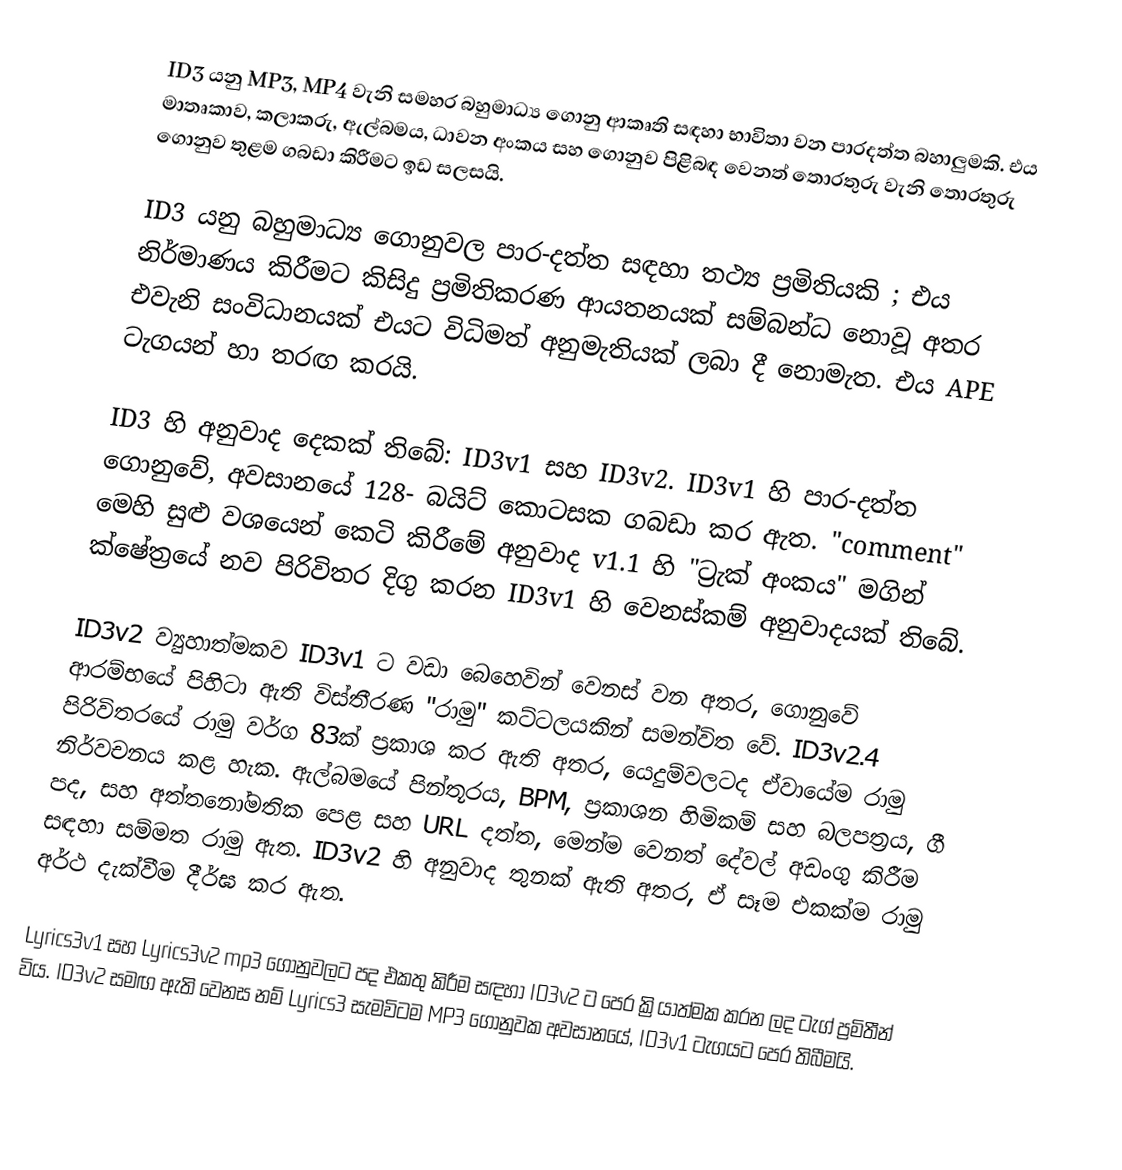
ID3 යනු MP3,  MP4 වැනි සමහර බහුමාධ්‍ය ගොනු ආකෘති සඳහා භාවිතා වන පාරදත්ත බහාලුමකි. එය මාතෘකාව, කලාකරු, ඇල්බමය, ධාවන අංකය සහ ගොනුව පිළිබඳ වෙනත් තොරතුරු වැනි තොරතුරු ගොනුව තුළම ගබඩා කිරීමට ඉඩ සලසයි.

ID3 යනු බහුමාධ්‍ය ගොනුවල පාර-දත්ත සඳහා තථ්‍ය ප්‍රමිතියකි ; එය නිර්මාණය කිරීමට කිසිදු ප්‍රමිතිකරණ ආයතනයක් සම්බන්ධ නොවූ අතර එවැනි සංවිධානයක් එයට විධිමත් අනුමැතියක් ලබා දී නොමැත.  එය APE ටැගයන් හා තරඟ කරයි.

ID3 හි අනුවාද දෙකක් තිබේ: ID3v1 සහ ID3v2. ID3v1 හි පාර-දත්ත ගොනුවේ, අවසානයේ 128- බයිට් කොටසක ගබඩා කර ඇත. "comment" මෙහි සුළු වශයෙන් කෙටි කිරීමේ අනුවාද v1.1 හි "ට්‍රැක් අංකය" මගින් ක්ෂේත්‍රයේ නව පිරිවිතර දිගු කරන ID3v1 හි වෙනස්කම් අනුවාදයක් තිබේ.

ID3v2 ව්‍යුහාත්මකව ID3v1 ට වඩා බෙහෙවින් වෙනස් වන අතර, ගොනුවේ ආරම්භයේ පිහිටා ඇති විස්තීරණ "රාමු" කට්ටලයකින් සමන්විත වේ. ID3v2.4 පිරිවිතරයේ රාමු වර්ග 83ක් ප්‍රකාශ කර ඇති අතර, යෙදුම්වලටද ඒවායේම රාමු නිර්වචනය කළ හැක. ඇල්බමයේ පින්තූරය, BPM, ප්‍රකාශන හිමිකම් සහ බලපත්‍රය, ගී පද, සහ අත්තනෝමතික පෙළ සහ URL දත්ත, මෙන්ම වෙනත් දේවල් අඩංගු කිරීම සඳහා සම්මත රාමු ඇත. ID3v2 හි අනුවාද තුනක් ඇති අතර, ඒ සෑම එකක්ම රාමු අර්ථ දැක්වීම දීර්ඝ කර ඇත.

Lyrics3v1  සහ Lyrics3v2  mp3 ගොනුවලට පද එකතු කිරීම සඳහා ID3v2 ට පෙර ක්‍රියාත්මක කරන ලද ටැග් ප්‍රමිතීන් විය. ID3v2 සමඟ ඇති වෙනස නම් Lyrics3 සැමවිටම MP3 ගොනුවක අවසානයේ, ID3v1 ටැගයට පෙර තිබීමයි.